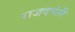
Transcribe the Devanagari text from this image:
राजदपंती